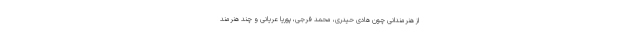
از هنرمندانی چون هادی حیدری، محمد فرجی، پوریا عریانی و چند هنرمند